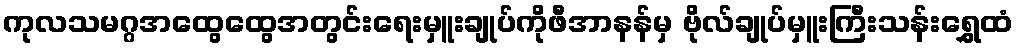
ကုလသမဂ္ဂအထွေထွေအတွင်းရေးမှူးချုပ်ကိုဖီအာနန်မှ ဗိုလ်ချုပ်မှူးကြီးသန်းရွှေထံ